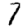
Digit: 7